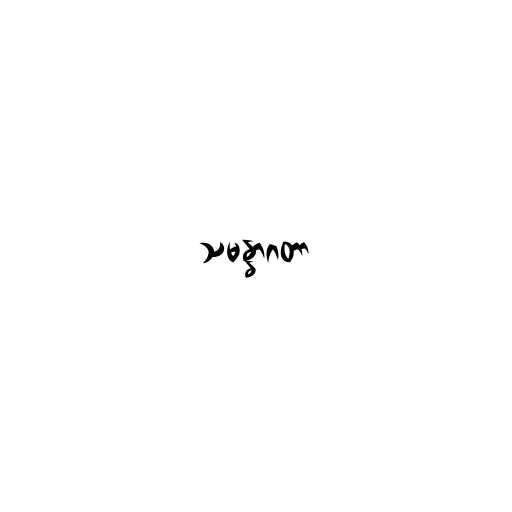
သမန္နာဂတာ